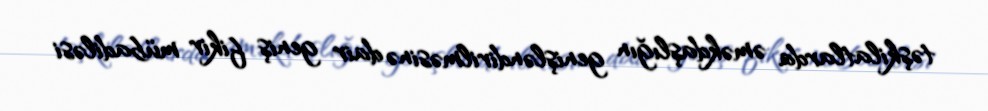
təşkilatlarda əməkdaşlığın genişləndirilməsinə dair geniş fikir mübadiləsi